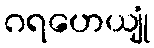
ဂရဟေယျုံ